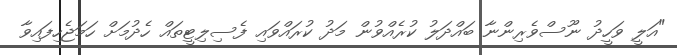
"އަލީ ވަހީދު ނޫސްވެރިންނާ ބައްދަލު ކުރެއްވުން މަދު ކުރައްވައި ފެސިލިޓީތައް ހެދުމަށް ހަމަޖެހިފައިވާ